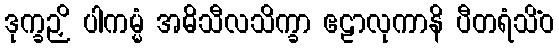
ဒုက္ခဉှိ ပါကမ္မံ အဓိသီလသိက္ခာ ဧဠာလုကာနိ ပီတရံသိံဝ